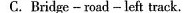
C. Bridge - road -left track.